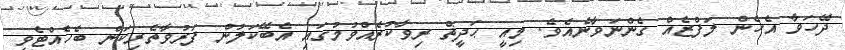
ދޭހަވާ އެހެން ލަފްޒެއް ގެންނަވާނެއެވެ. މިއީ ޙަދީޘް ރިވާކުރެއްވުމުގައި އެބޭކަލުން ފަރުވާތެރިކަން ބެހެއްޓެވި